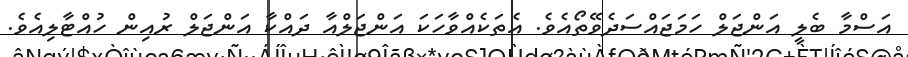
އަސްމާ ބެލީ އަންޖަލް ހަމަޖައްސަދެވޭތޯއެވެ. އެތަކެއްވާހަކަ އަންޖަލްއާ ދައްކާ އަންޖަލް ރުއިން ހުއްޓާލިއެވެ.